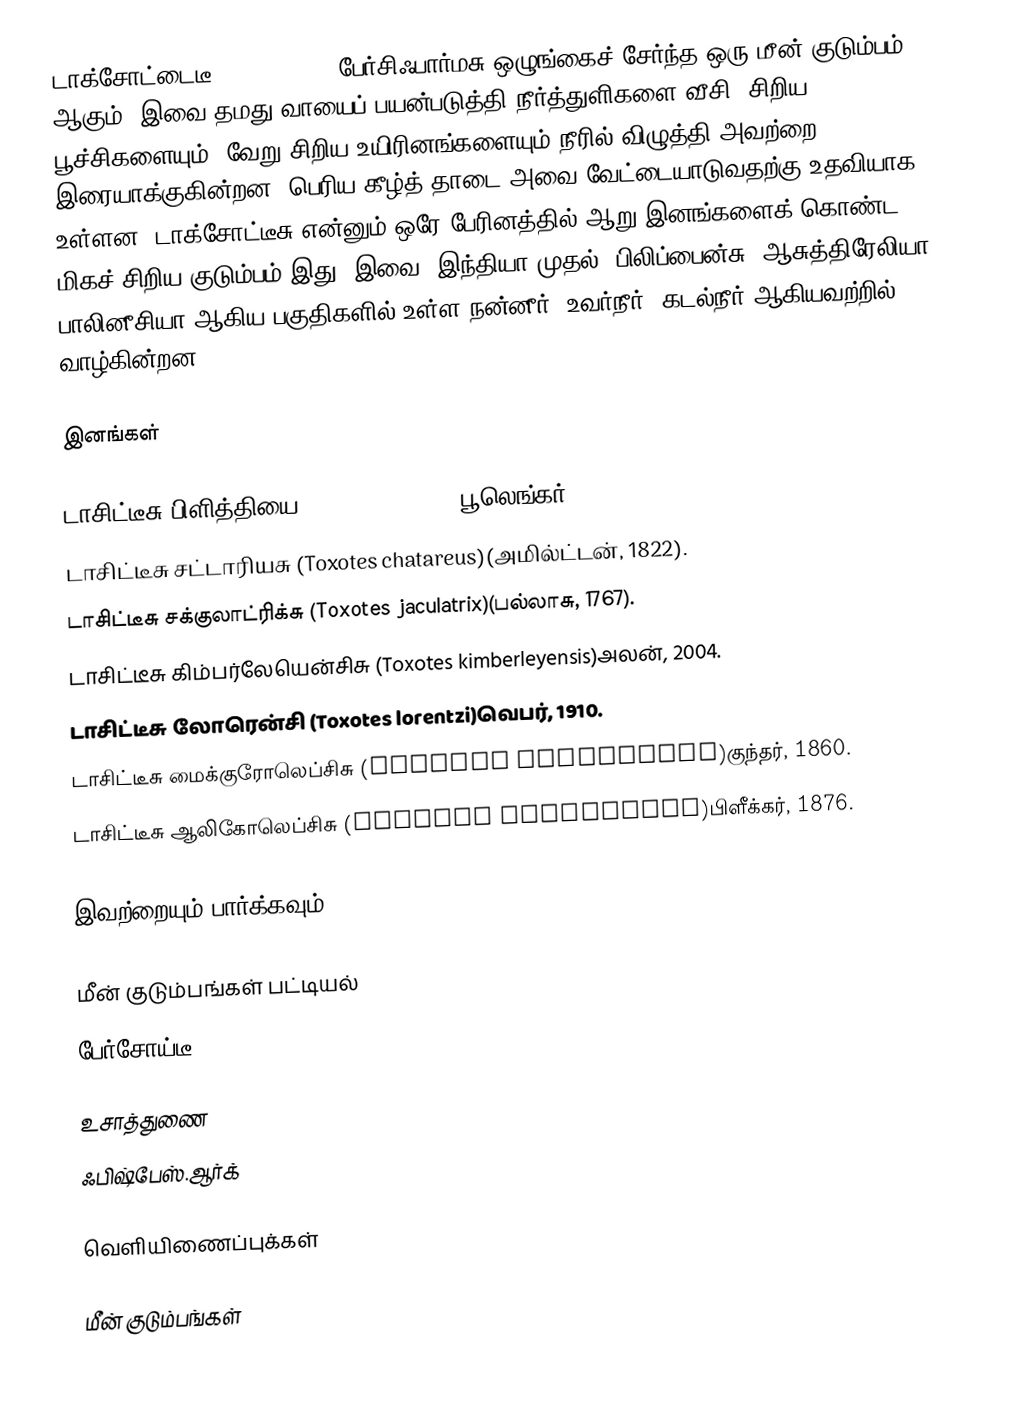
டாக்சோட்டைடீ (Toxotidae), பேர்சிஃபார்மசு ஒழுங்கைச் சேர்ந்த ஒரு மீன் குடும்பம் ஆகும். இவை தமது வாயைப் பயன்படுத்தி நீர்த்துளிகளை வீசி, சிறிய பூச்சிகளையும், வேறு சிறிய உயிரினங்களையும் நீரில் விழுத்தி அவற்றை இரையாக்குகின்றன. பெரிய கீழ்த் தாடை அவை வேட்டையாடுவதற்கு உதவியாக உள்ளன. டாக்சோட்டீசு என்னும் ஒரே பேரினத்தில் ஆறு இனங்களைக் கொண்ட மிகச் சிறிய குடும்பம் இது. இவை, இந்தியா முதல், பிலிப்பைன்சு, ஆசுத்திரேலியா, பாலினீசியா ஆகிய பகுதிகளில் உள்ள நன்னீர், உவர்நீர், கடல்நீர் ஆகியவற்றில் வாழ்கின்றன.

இனங்கள்

 டாசிட்டீசு பிளித்தியை (Toxotes blythii)பூலெங்கர், 1892.
 டாசிட்டீசு சட்டாரியசு (Toxotes chatareus)(அமில்ட்டன், 1822).
 டாசிட்டீசு சக்குலாட்ரிக்சு (Toxotes jaculatrix)(பல்லாசு, 1767).
 டாசிட்டீசு கிம்பர்லேயென்சிசு (Toxotes kimberleyensis)அலன், 2004.
 டாசிட்டீசு லோரென்சி (Toxotes lorentzi)வெபர், 1910.
 டாசிட்டீசு மைக்குரோலெப்சிசு (Toxotes microlepis)குந்தர், 1860.
 டாசிட்டீசு ஆலிகோலெப்சிசு (Toxotes oligolepis)பிளீக்கர், 1876.

இவற்றையும் பார்க்கவும்

 மீன் குடும்பங்கள் பட்டியல்
 பேர்சோய்டீ

உசாத்துணை
 ஃபிஷ்பேஸ்.ஆர்க்

வெளியிணைப்புக்கள்

மீன் குடும்பங்கள்